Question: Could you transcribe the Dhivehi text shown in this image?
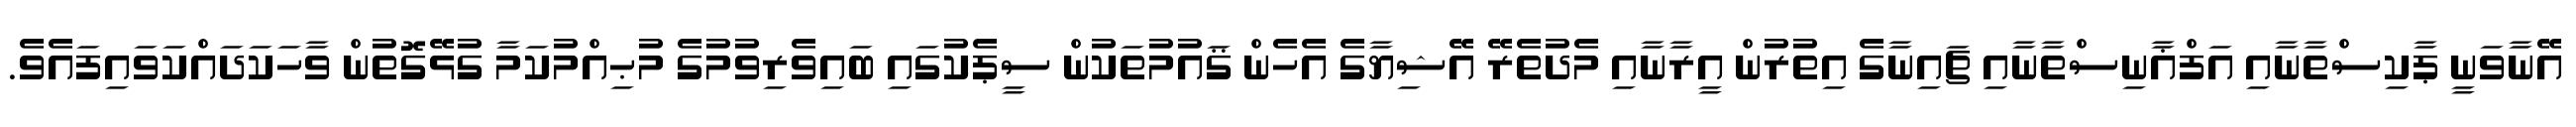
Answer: އޭނާވަނީ ޕާކިސްތާނާއި އަފްޣާނިސްތާނާއި ޗައިނާގެ އިތުރުން އީރާނާއި މެދުތެރޭ އޭޝިޔާގެ އެހެން ޤައުމުތަކުން ސީޕެކުގައި ބައިވެރިވުމުގެ މުޙިއްމުކަމާ ގުޅޭގޮތުން ވާހަކަދައްކަވައިފައެވެ.